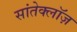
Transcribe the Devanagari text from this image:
सांतेक्लॉज़